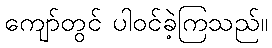
ကျော်တွင် ပါဝင်ခဲ့ကြသည်။